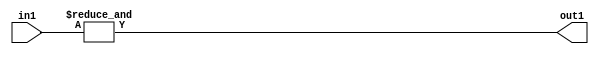
`timescale 1ps / 1ps
/*****************************************************************************
    Verilog RTL Description
    
    
    Created by: Stratus DpOpt 2019.1.01 
*******************************************************************************/

module st_weight_addr_gen_AndReduction_2S_1U_4_6 (
	in1,
	out1
	); /* architecture "behavioural" */ 
input [1:0] in1;
output  out1;
wire  asc001;

assign asc001 = 
	(&in1);

assign out1 = asc001;
endmodule

/* CADENCE  urfwTQk= : u9/ySgnWtBlWxVPRXgAZ4Og= ** DO NOT EDIT THIS LINE ******/